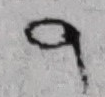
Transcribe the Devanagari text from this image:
९